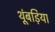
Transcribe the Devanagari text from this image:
थूंबड़िया